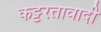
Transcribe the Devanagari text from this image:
कट्टरतावादी